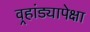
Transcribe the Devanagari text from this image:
वर्‍हांड्यापेक्षा